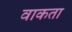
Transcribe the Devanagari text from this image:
वाकता